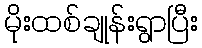
မိုးထစ်ချုန်းရွာပြီး